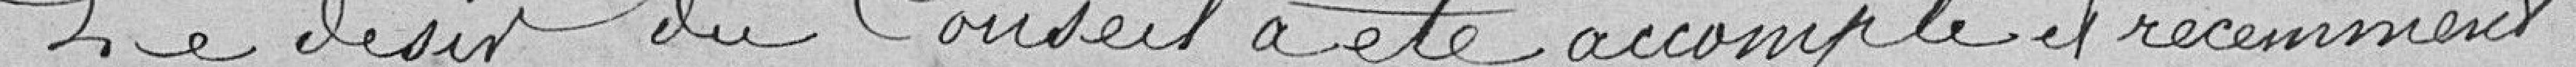
Le désir du Conseil a été accompli et récemment